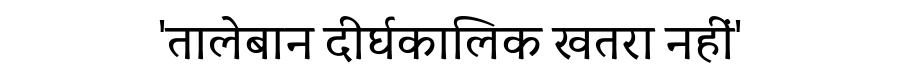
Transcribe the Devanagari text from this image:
'तालेबान दीर्घकालिक खतरा नहीं'